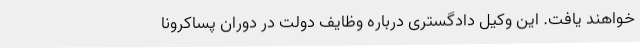
خواهند یافت. این وکیل دادگستری درباره وظایف دولت در دوران پساکرونا